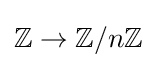
\mathbb {Z} \to \mathbb {Z} /n\mathbb {Z}